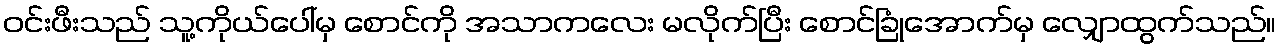
ဝင်းဖီးသည် သူ့ကိုယ်ပေါ်မှ စောင်ကို အသာကလေး မလိုက်ပြီး စောင်ခြုံအောက်မှ လျှောထွက်သည်။